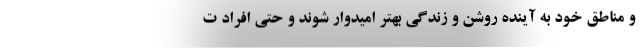
و مناطق خود به آینده روشن و زندگی بهتر امیدوار شوند و حتی افراد ت